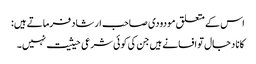
اس کے متعلق مودودی صاحب ارشاد فرماتے ہیں:
کانا دجال تو افسانے ہیں جن کی کوئی شرعی حیثیت نہیں۔